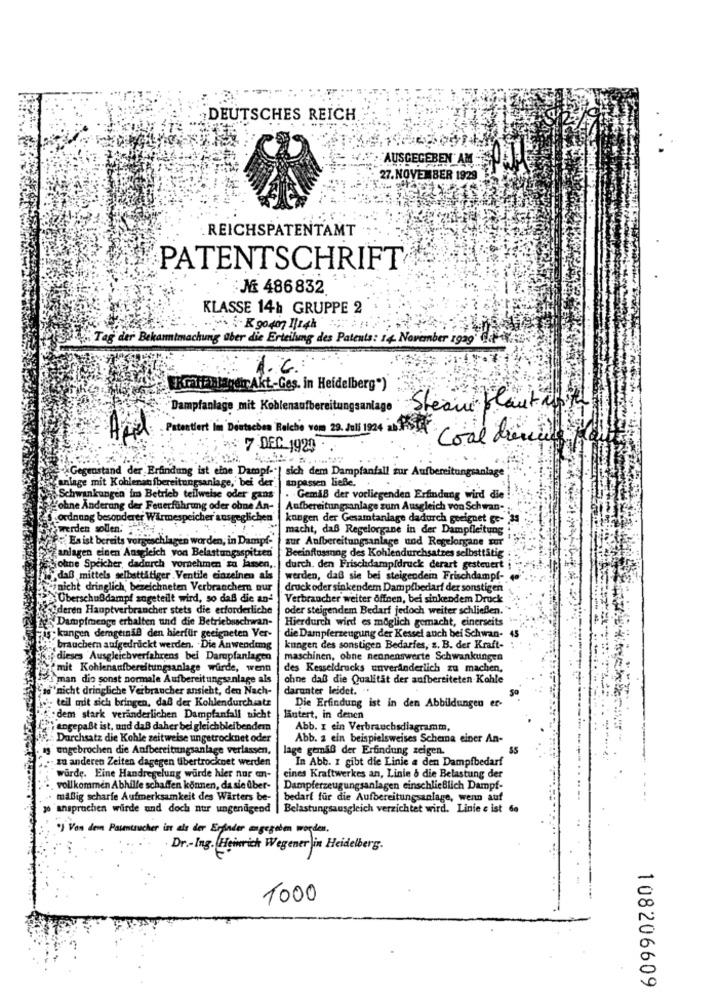
DEUTSCHES REICH
AUSGEGEBEN AM
27. NOVEMBER 1929
REICHSPATENTAMT
PATENTSCHRIFT
No 486832
KLASSE 14h GRUPPE 2
"Tag der Bekanntmachung aber die Erteilung des Patents: 14. November 1929" da
ERraffalandır Akt-Ges. in Heidelberg")
"Dampfanlage mit Koblenaufbereitur
lago
Steam plant un tel
Patentiert lin Deutschen Relche vom 29. Juli 1924 AM PSTOf
Cose dencie
7 DEC 1929
"Gegenstand der Erundung ist eine Dampf-"
anlage mit Kohlenaufbereitungsanlage, bei der
sich dem Dampfanfall zur Aufbereitungsanlag
anpassen ließe.
Schwankungen im Betrieb teilweise oder gans
. Gemäß der vorliegenden Erfindung wird die !
"ohne Änderung der Feuerführung oder obne An-
Aufbereitungsanlage zum Ausgleich von Schwan -.
"ordnung besonderer Wärmespeicher ausgeglichen
kongen der Gesamtanlage dadurch geeignet ge- 'ss
werden sollen.
macht, daß Regelorgane in der Dampfleitung
Es ist bereits vorgeschlagen worden, in Dampf-
sur Aufbereitungsanlage und Regelorgane sur
fanlagen einen Ausgleich von Belastungsspitzen
Beeinflussung des Kohlendurchsatzes selbsttätig
johne Speicher, dadurch vornehmen zu lassen,
durch. den Frischdampfdruck derart gesteuert i
,daß mittels selbsttätiger Ventile einzelnen als
werden, daß sie bei steigendein Frischdampf-
ynicht dringlich bezeichneten Verbrauchern nur
druck oder sinkendemn Dampfbedarf der sonstigen
Me Uberschußdampf zugeteilt wird, so daß die and
Verbraucher weiter offnen, bei sinkendem Druck
CIderen Hauptverbraucher stets die erforderliche
oder steigendem Bedarf jedoch weiter schließen.
Dampfmenge erhalten und die Betriebsschwan-
Hierdurch wird es möglich gemacht, einerseits .-
is; kungen demgernaf den hierfür geeigneten Ver-
die Dampferzeugung der Kessel auch bei Schwan-
: brauchern aufgedruckt werden. Die Anwendung
kungen des sonstigen Bedarfes, s. B. der Kraft-
dieses Ausgleichverfahrens bei Darupfanlagen
maschinen, obne nennenswerte Schwankungen
mit Kohlenaufbereitungsanlage wurde, wenn
des Kesseldrucks unveränderlich zu machen,
man dio sonst normale Aufbereitungsanlage als
ohne daß die Qualität der aufbereiteten Kohle
a ' nicht dringliche Verbraucher ansicht, den Nach-
darunter leidet. "
So
teil mit sich bringen, daß der Kohlendurchsatz
Die Erfindung ist in den Abbildungen er-
: dem stark veranderlichen Dampfanfall nicht
lautert, in denen
angepaßt ist, nud daß daher bel gleichbleibendem
Abb. I ein Verbrauchsdiagramm,
Durchsatz die Kohle zeitweise ungetrocknet oder
Abb. a ein beispielsweises Schema einer An-
s'engebrochen die Aufbereitungsanlage verlassen,
lage gemäß der Erfindung zeigen.
.- zu anderen Zeiten dagegen fibertrocknet werden
In Abb. I gibt die Linie a den Dampfbedarf
würde. Eine Handregelung würde hier nur an-
cines Kraftwerkes an, Linie & die Belastung der
vollkommen Abhilfe schaffen können, da sie über-
Dampferzeugungsanlagen einschließlich Dampf-
maßig scharfe Aufmerksamkeit des Warters be-
bedarf fur die Aufbereitungsanlage, wenn auf
30 anspruchen wirde and doch nur ungenügend
Belastungsausgleich verzichtet wird. Linie e ist 6a
"] Von dem Patentrucher ist als der Erfinder angegeben worden.
. Dr .- Ing. Heinrich Wegener in Heidelberg.
1000
108206609